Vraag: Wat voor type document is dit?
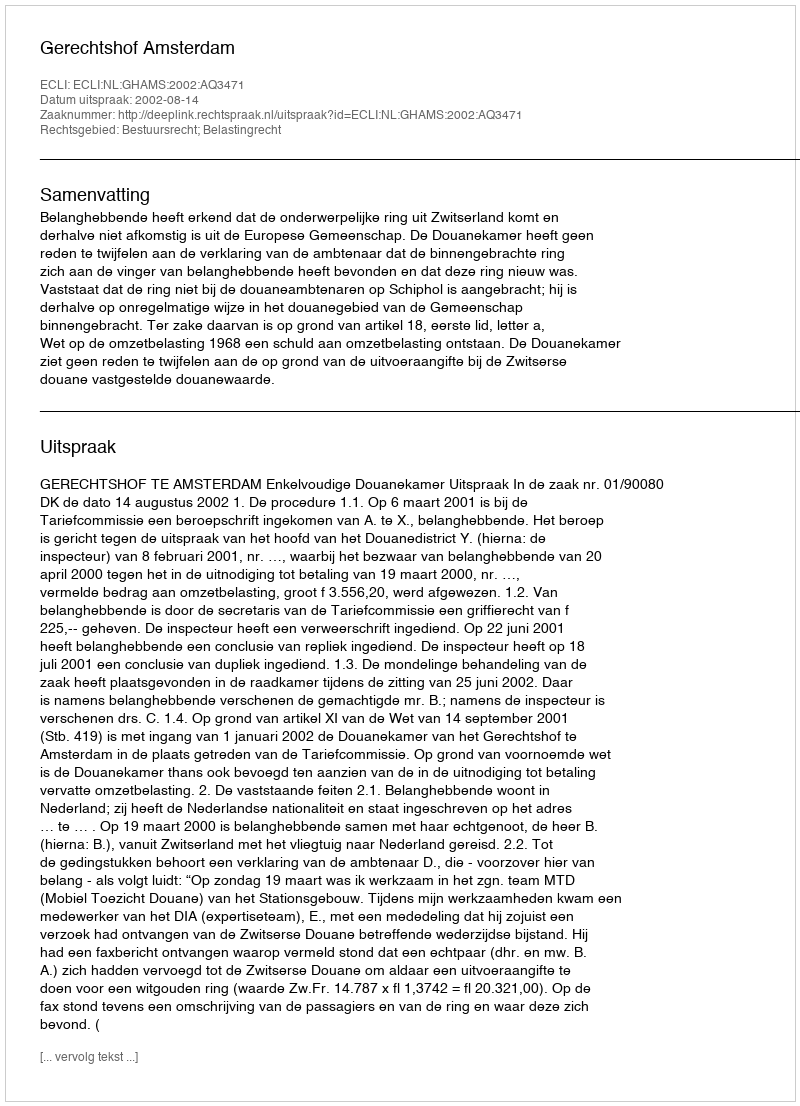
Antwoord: Uitspraak